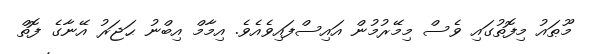
މޫޠައު މިފޮތުގައި ވެސް މިމޭރުމުން އައިސްފައިވެއެވެ. އިމާމް އިބްނު ޙަޖަރު އޭނާގެ ފޮތް